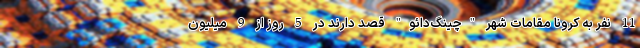
11 نفر به کرونا مقامات شهر "چینگ‌دائو" قصد دارند در 5 روز از 9 میلیون